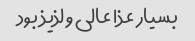
بسیار عذا عالی و لذیذ بود